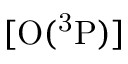
\mathrm { [ O ( ^ { 3 } P ) } ]